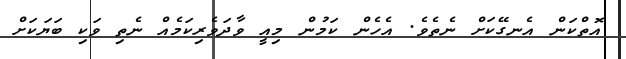
އޮތްކަން އެނގޭކަށް ނެތެވެ. އެހެން ކަމުން މިއީ ވާދަވެރިކަމެއް ނެތި ވަކި ބަޔަކަށް